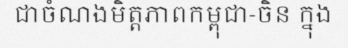
ជាចំណងមិត្តភាពកម្ពុជា-ចិន ក្នុង